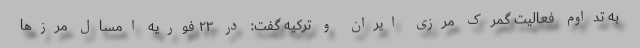
به تداوم فعالیت گمرک مرزی ایران و ترکیه گفت: در ۲۳ فوریه امسال مرزها